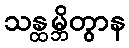
သန္ထမ္ဘိတွာန